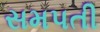
સમપતી